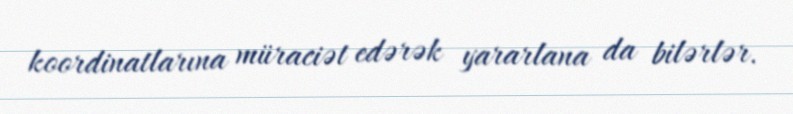
koordinatlarına müraciət edərək yararlana da bilərlər.